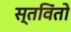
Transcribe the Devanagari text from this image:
स्तविंतो